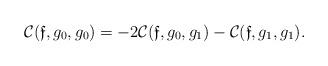
LaTeX: \begin{align*} \mathcal{C}(\mathfrak{f},g_0,g_0) = - 2 \mathcal{C}(\mathfrak{f},g_0,g_1) - \mathcal{C}(\mathfrak{f},g_1,g_1). \end{align*}